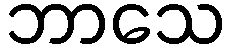
ဘာသေ